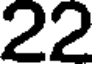
22